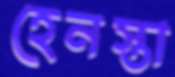
হেনস্তা